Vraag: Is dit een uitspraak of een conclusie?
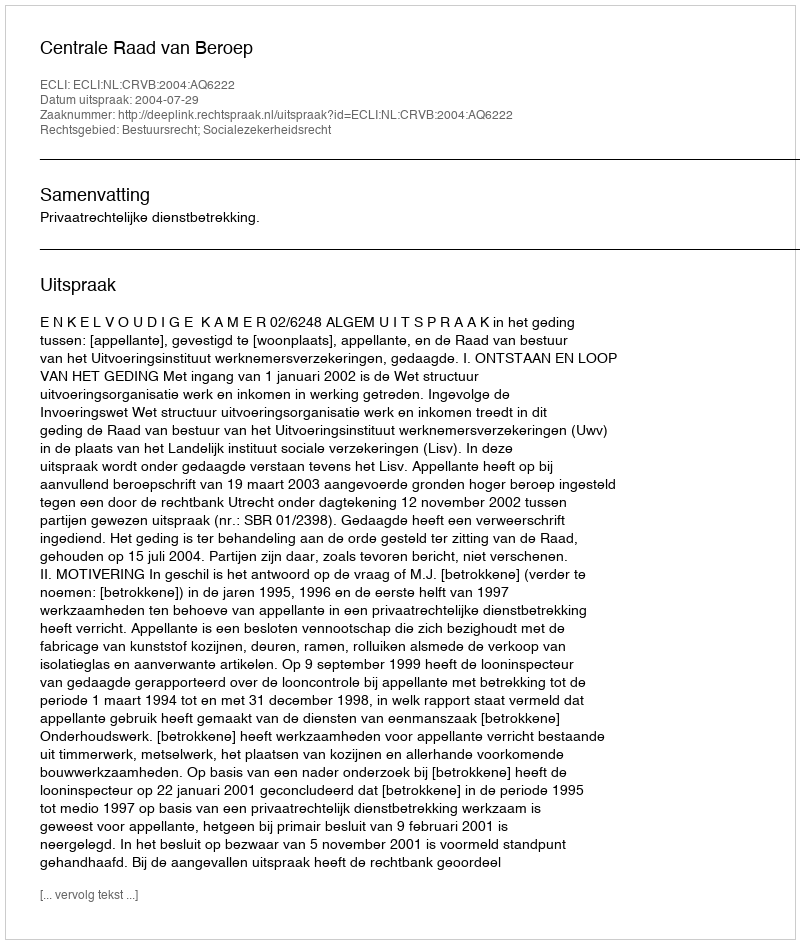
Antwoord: Uitspraak